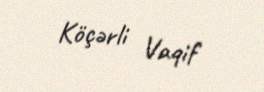
Köçərli Vaqif